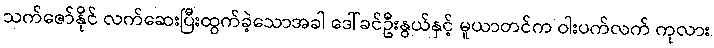
သက်ဇော်နိုင် လက်ဆေးပြီးထွက်ခဲ့သောအခါ ဒေါ်ခင်ဦးနွယ်နှင့် မူယာတင်က ဝါးပက်လက် ကုလား